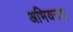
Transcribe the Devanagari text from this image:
अभियनय